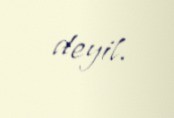
deyil.